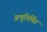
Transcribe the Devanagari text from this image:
अणुनिर्मित